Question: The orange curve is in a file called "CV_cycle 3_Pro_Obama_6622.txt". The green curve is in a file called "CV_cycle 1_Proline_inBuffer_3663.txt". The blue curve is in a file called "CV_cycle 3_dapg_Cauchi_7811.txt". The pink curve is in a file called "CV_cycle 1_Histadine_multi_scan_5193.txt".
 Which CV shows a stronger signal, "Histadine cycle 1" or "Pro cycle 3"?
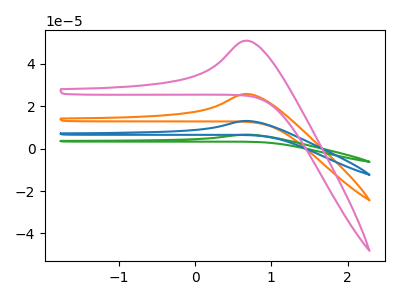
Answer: <think>The orange curve "Pro cycle 3" has an anodic peak at: (0.70V, 25.75uA). The green curve "Proline cycle 1" has an anodic peak at: (0.70V, 77.20uA). The blue curve "dapg cycle 3" has an anodic peak at: (0.70V, 51.50uA). The pink curve "Histadine cycle 1" has an anodic peak at: (0.70V, 50.85uA).
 All the peaks in "Histadine cycle 1" have a peak in "Pro cycle 3" at the same potential. Every peak in "Histadine cycle 1" is higher than every peak in "Pro cycle 3".</think>
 <answer>"Histadine cycle 1" has more signal than "Pro cycle 3".</answer>
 <eval>more_signal</eval>